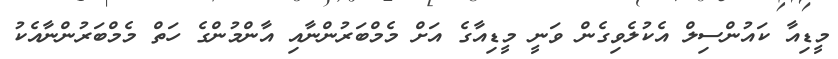
މީޑިއާ ކައުންސިލް އެކުލެވިގެން ވަނީ މީޑިއާގެ އަށް މެމްބަރުންނާއި އާންމުންގެ ހަތް މެމްބަރުންނާއެކު